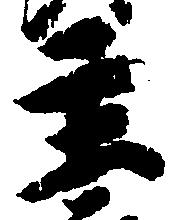
主